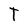
Character: T